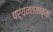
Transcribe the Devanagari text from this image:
पर्यन्तयांच्या